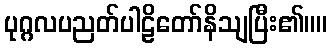
ပုဂ္ဂလပညတ်ပါဠိတော်နိသျပြီး၏။။